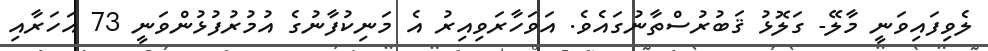
ލެވިފައިވަނީ މާލޭ- ގަލޮޅު ޤަބުރުސްތާނުގައެވެ. އަވަހާރަވިއިރު އެ މަނިކުފާނުގެ އުމުރުފުޅުންވަނީ 73 އަހަރާއި